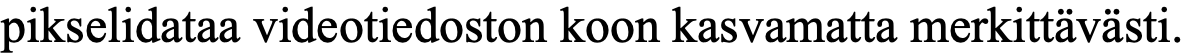
pikselidataa videotiedoston koon kasvamatta merkittävästi.